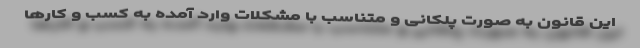
این قانون به صورت پلکانی و متناسب با مشکلات وارد آمده به کسب و کارها